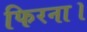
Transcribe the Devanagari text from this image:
फिरना।